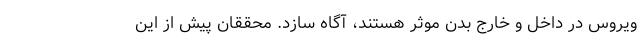
ویروس در داخل و خارج بدن موثر هستند، آگاه سازد. محققان پیش از این